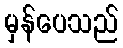
မှန်ပေသည်